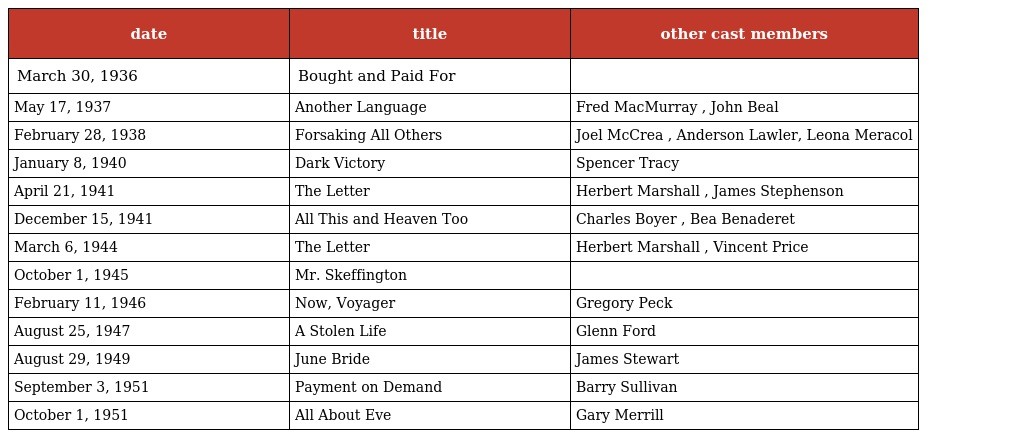
| date | title | other cast members |
 | --- | --- | --- |
 | March 30, 1936 | Bought and Paid For |  |
 | May 17, 1937 | Another Language | Fred MacMurray , John Beal |
 | February 28, 1938 | Forsaking All Others | Joel McCrea , Anderson Lawler, Leona Meracol |
 | January 8, 1940 | Dark Victory | Spencer Tracy |
 | April 21, 1941 | The Letter | Herbert Marshall , James Stephenson |
 | December 15, 1941 | All This and Heaven Too | Charles Boyer , Bea Benaderet |
 | March 6, 1944 | The Letter | Herbert Marshall , Vincent Price |
 | October 1, 1945 | Mr. Skeffington |  |
 | February 11, 1946 | Now, Voyager | Gregory Peck |
 | August 25, 1947 | A Stolen Life | Glenn Ford |
 | August 29, 1949 | June Bride | James Stewart |
 | September 3, 1951 | Payment on Demand | Barry Sullivan |
 | October 1, 1951 | All About Eve | Gary Merrill |